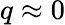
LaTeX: q\approx 0